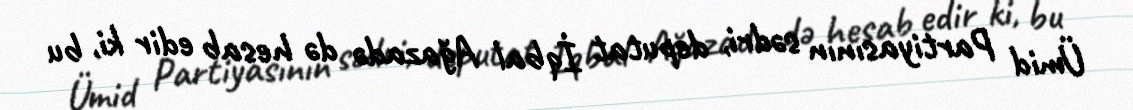
Ümid Partiyasının sədri, deputat İqbal Ağazadə də hesab edir ki, bu